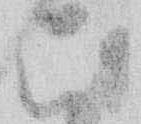
こ